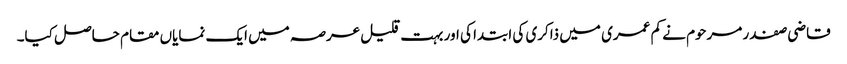
قاضی صفدر مرحوم نے کم عمری میں ذاکری کی ابتدا کی اور بہت قلیل عرصہ میں ایک نمایاں مقام حاصل کیا۔